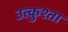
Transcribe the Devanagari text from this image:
उत्कुश्ता